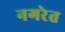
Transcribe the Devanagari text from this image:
नगरेत